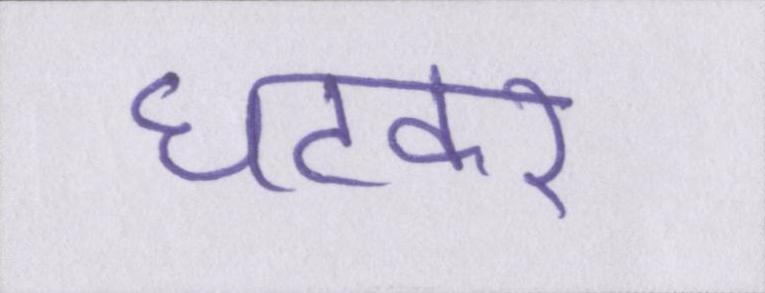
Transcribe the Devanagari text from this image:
घटकर